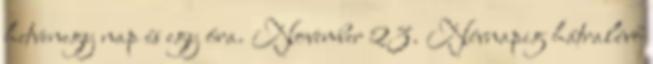
hetvenegy nap és egy óra. November 23. Névnapig hátralévő